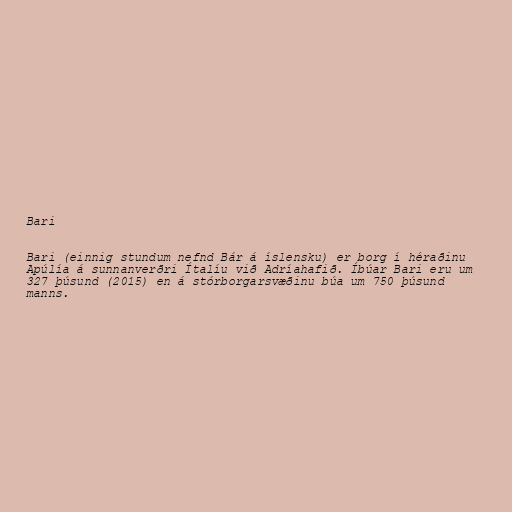
Bari

Bari (einnig stundum nefnd Bár á íslensku) er borg í héraðinu
Apúlía á sunnanverðri Ítalíu við Adríahafið. Íbúar Bari eru um
327 þúsund (2015) en á stórborgarsvæðinu búa um 750 þúsund
manns.